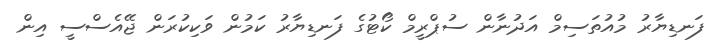
ފަނޑިޔާރު މުއުތަސިމް އަދުނާން ސުޕްރީމް ކޯޓުގެ ފަނޑިޔާރު ކަމުން ވަކިކުރަން ޖޭއެސްސީ އިން